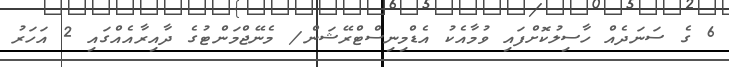
6 ގެ ސަނަދެއް ހާސިލުކޮށްފައި ވުމާއެކު އެޑްމިނިސްޓްރޭޝަން/ މެނޭޖްމަންޓުގެ ދާއިރާއެއްގައި 2 އަހަރު